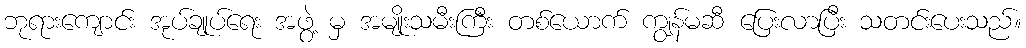
ဘုရားကျောင်း အုပ်ချုပ်ရေး အဖွဲ့ မှ အမျိုးသမီးကြီး တစ်ယောက် ကျွန်မဆီ ပြေးလာပြီး သတင်းပေးသည်။